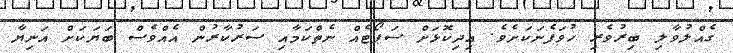
ގެއްލުވާލި ބިރުވެރި ހުވަފެނަކަށެވެ. އިދިކޮޅަށް ސަޕޯޓެއް ނެތްކަމާއި ސަރުކާރުން އެއްވެސް ބަޔަކަށް އަނިޔާ